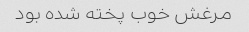
مرغش خوب پخته شده بود